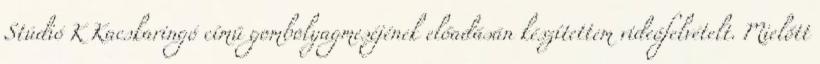
Stúdió K Kacskaringó című gombolyagmeséjének előadásán készítettem videófelvételt. Mielőtt